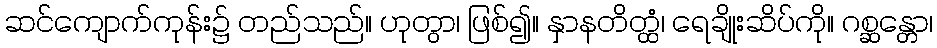
ဆင်ကျောက်ကုန်း၌ တည်သည်။ ဟုတွာ၊ ဖြစ်၍။ နှာနတိတ္ထံ၊ ရေချိုးဆိပ်ကို။ ဂစ္ဆန္တော၊